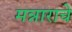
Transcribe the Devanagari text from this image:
मन्नाराचे